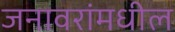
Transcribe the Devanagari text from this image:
जनावरांमधील